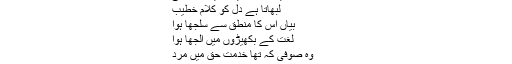
ایسے میں اقبال كی آواز سنائی دے رہی ہے
حقیقت خرافات میں كھو گئی
یہ امت روایات میں كھو گئی
لبھاتا ہے دل كو كلامِ خطیب
بیاں اس كا منطق سے سلجھا ہوا
لغت كے بكھیڑوں میں الجھا ہوا
وہ صوفی كہ تھا خدمتِ حق میں مرد
محبت میں یكتا حمیت میں فرد
عجم كے خیالات میں كھو گیا
یہ سالك مقامات میں كھو گیا